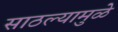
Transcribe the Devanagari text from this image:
साठल्यामुळे